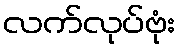
လက်လုပ်ဗုံး